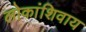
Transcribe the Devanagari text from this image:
लोकांशिवाय